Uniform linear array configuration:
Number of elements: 12
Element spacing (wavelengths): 1
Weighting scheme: cosine
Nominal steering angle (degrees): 60
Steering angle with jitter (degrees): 60.243
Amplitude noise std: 0.05
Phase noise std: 0.05

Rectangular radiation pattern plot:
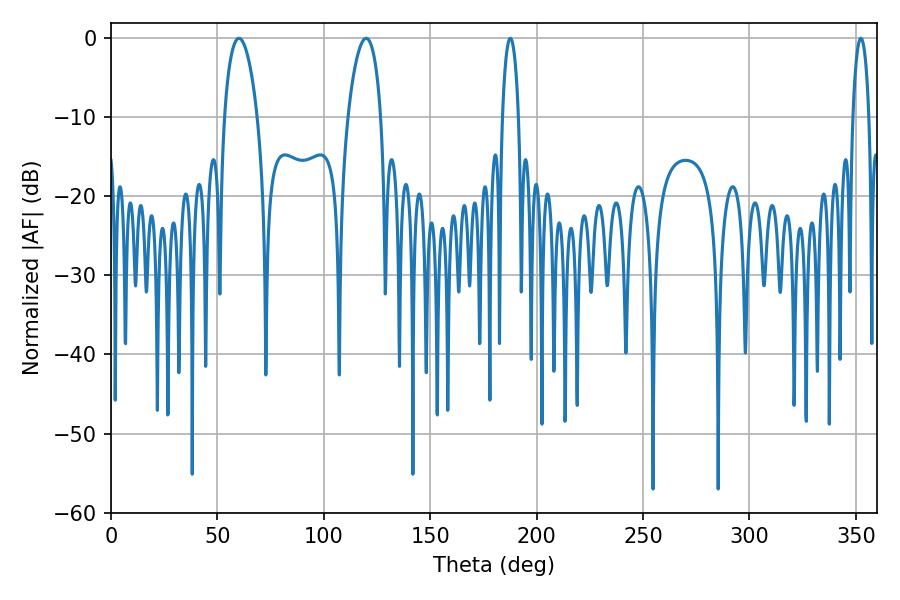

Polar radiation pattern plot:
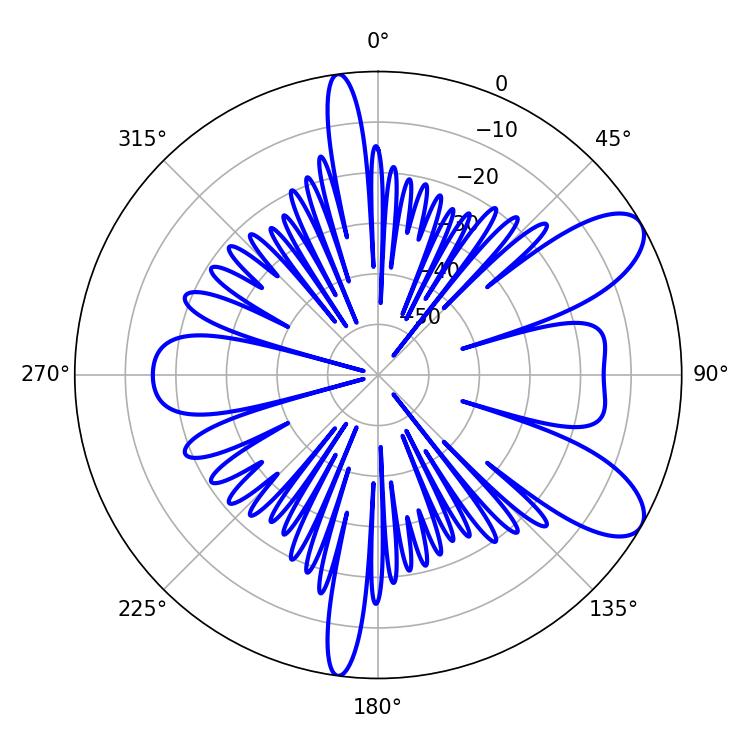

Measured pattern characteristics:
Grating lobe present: TRUE
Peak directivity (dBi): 8.809
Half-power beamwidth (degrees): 8.82
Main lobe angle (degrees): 60.12